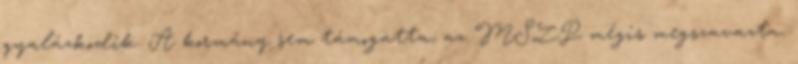
gyalázkodik. A kormány sem támogatta, az MSZP mégis megszavazta.